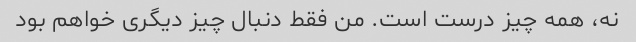
نه، همه چیز درست است. من فقط دنبال چیز دیگری خواهم بود